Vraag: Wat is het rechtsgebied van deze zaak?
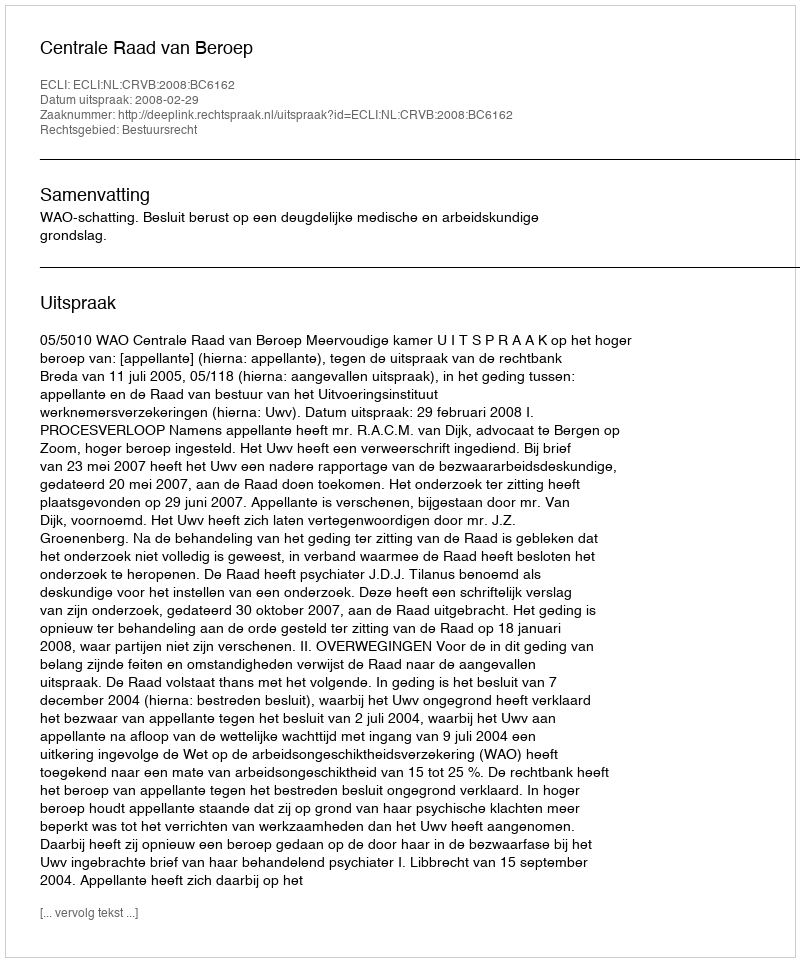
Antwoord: Bestuursrecht